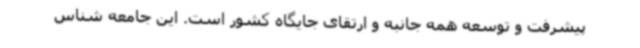
پیشرفت و توسعه همه جانبه و ارتقای جایگاه کشور است. این جامعه شناس